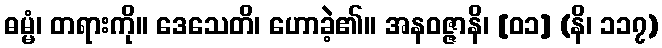
ဓမ္မံ၊ တရားကို။ ဒေသေတိ၊ ဟောခဲ့၏။ အနဝဇ္ဇာနိ၊ [၀၁] (နိ၊ ၁၁၇)